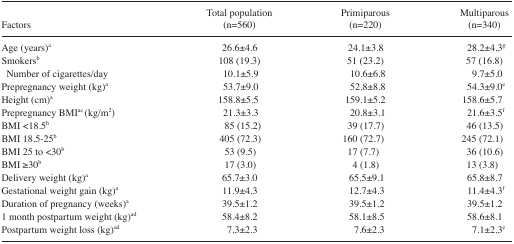
| Factors | Total population (n=560) | Primiparous (n=220) | Multiparous (n=340) |
 | --- | --- | --- | --- |
 | Age (years)a | 26.6±4.6 | 24.1±3.8 | 28.2±4.3g |
 | Smokersb | 108 (19.3) | 51 (23.2) | 57 (16.8) |
 | Number of cigarettes/day | 10.1±5.9 | 10.6±6.8 | 9.7±5.0 |
 | Prepregnancy weight (kg)a | 53.7±9.0 | 52.8±8.8 | 54.3±9.0e |
 | Height (cm)a | 158.8±5.5 | 159.1±5.2 | 158.6±5.7 |
 | Prepregnancy BMIac (kg/m2) | 21.3±3.3 | 20.8±3.1 | 21.6±3.5f |
 | BMI <18.5b | 85 (15.2) | 39 (17.7) | 46 (13.5) |
 | BMI 18.5–25b | 405 (72.3) | 160 (72.7) | 245 (72.1) |
 | BMI 25 to <30b | 53 (9.5) | 17 (7.7) | 36 (10.6) |
 | BMI ≥30b | 17 (3.0) | 4 (1.8) | 13 (3.8) |
 | Delivery weight (kg)a | 65.7±3.0 | 65.5±9.1 | 65.8±8.7 |
 | Gestational weight gain (kg)a | 11.9±4.3 | 12.7±4.3 | 11.4±4.3f |
 | Duration of pregnancy (weeks)a | 39.5±1.2 | 39.5±1.2 | 39.5±1.2 |
 | 1 month postpartum weight (kg)ad | 58.4±8.2 | 58.1±8.5 | 58.6±8.1 |
 | Postpartum weight loss (kg)ad | 7.3±2.3 | 7.6±2.3 | 7.1±2.3e |